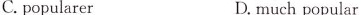
C. popularer D. much popular